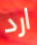
ارد